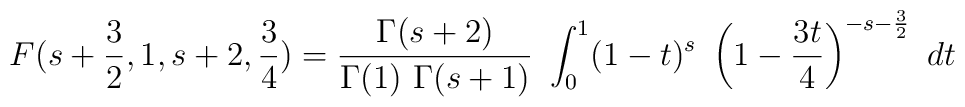
F(s + {{3} \over {2}},1,s + 2, {{3} \over {4}}) = {{\Gamma(s+2)} \over{\Gamma(1) \  \Gamma(s+1)}} \ \int_0^1 (1 - t)^s \ \left(1 - {{3t} \over {4}} \right)^{-s-{{3} \over {2}}} \ dt